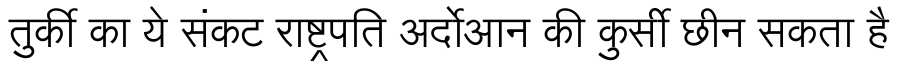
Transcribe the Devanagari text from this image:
तुर्की का ये संकट राष्ट्रपति अर्दोआन की कुर्सी छीन सकता है